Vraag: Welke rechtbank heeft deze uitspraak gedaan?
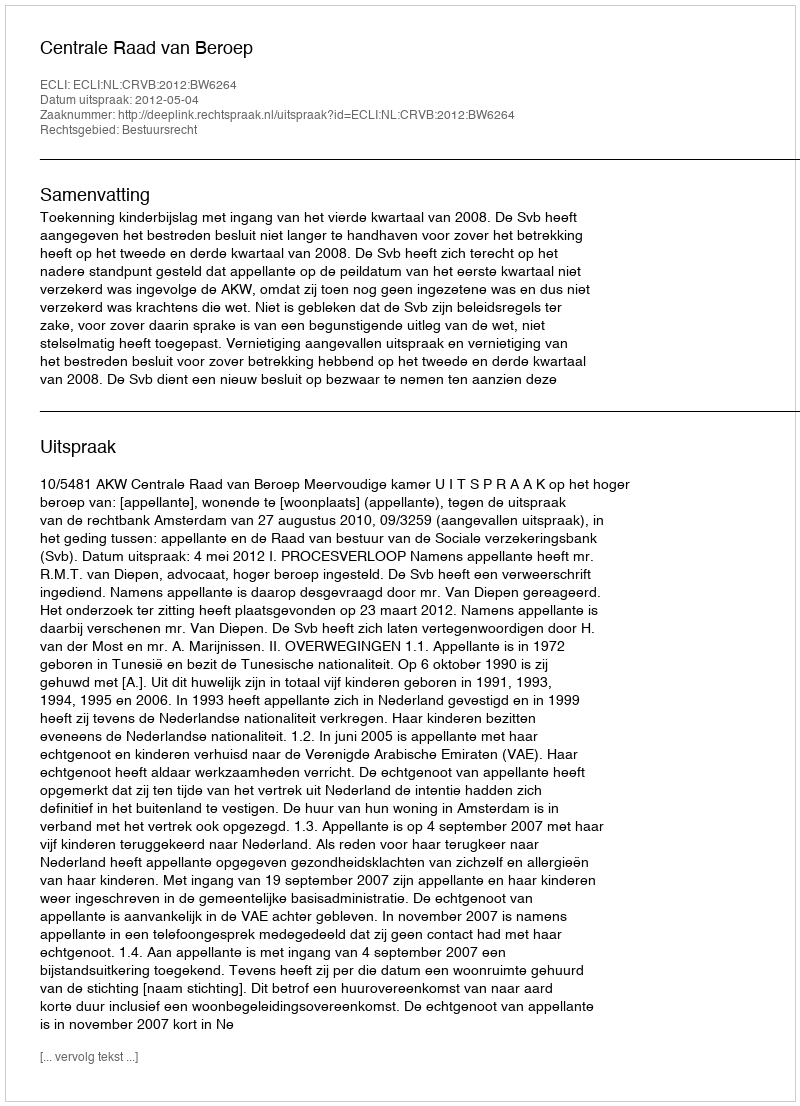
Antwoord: Centrale Raad van Beroep